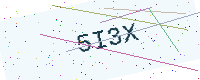
Text: 5I3X